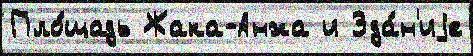
Пло́щадь Жака-Анжа и Зда́н'иjе